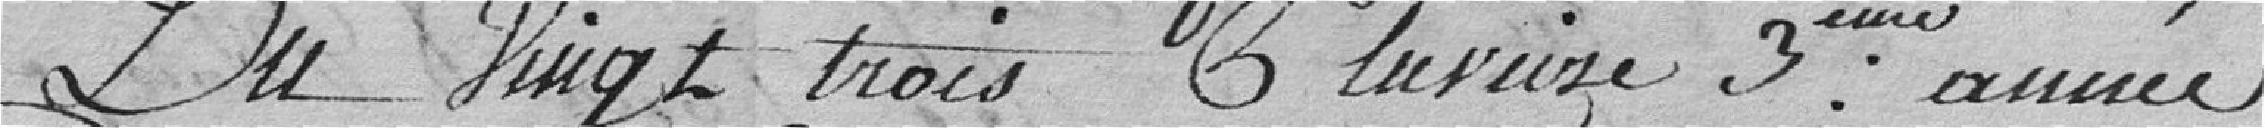
Du vingt-trois Pluviose 3ème année